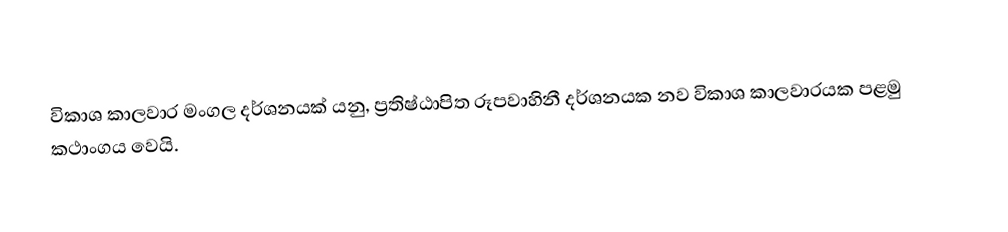
විකාශ කාලවාර මංගල දර්ශනයක් යනු,  ප්‍රතිෂ්ඨාපිත රූපවාහිනී දර්ශනයක නව විකාශ කාලවාරයක පළමු කථාංගය වෙයි.